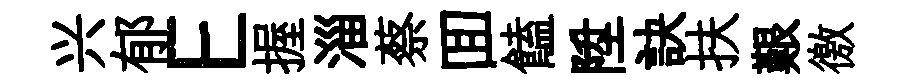
兴郁E握淄蔡囬饁陞訣扶艱徼